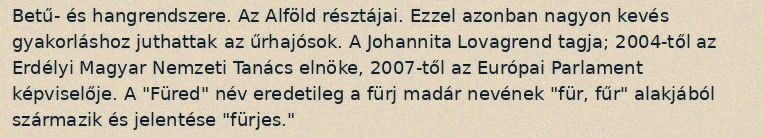
Betű- és hangrendszere. Az Alföld résztájai. Ezzel azonban nagyon kevés gyakorláshoz juthattak az űrhajósok. A Johannita Lovagrend tagja; 2004-től az Erdélyi Magyar Nemzeti Tanács elnöke, 2007-től az Európai Parlament képviselője. A "Füred" név eredetileg a fürj madár nevének "für, fűr" alakjából származik és jelentése "fürjes."